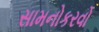
સામનોકરવો